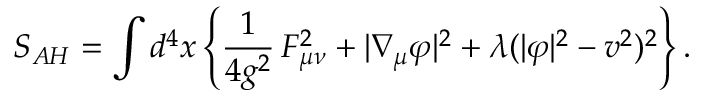
S _ { A H } = \int d ^ { 4 } x \left\{ \frac 1 { 4 g ^ { 2 } } \, F _ { \mu \nu } ^ { 2 } + | \nabla _ { \mu } \varphi | ^ { 2 } + \lambda ( | \varphi | ^ { 2 } - v ^ { 2 } ) ^ { 2 } \right\} .